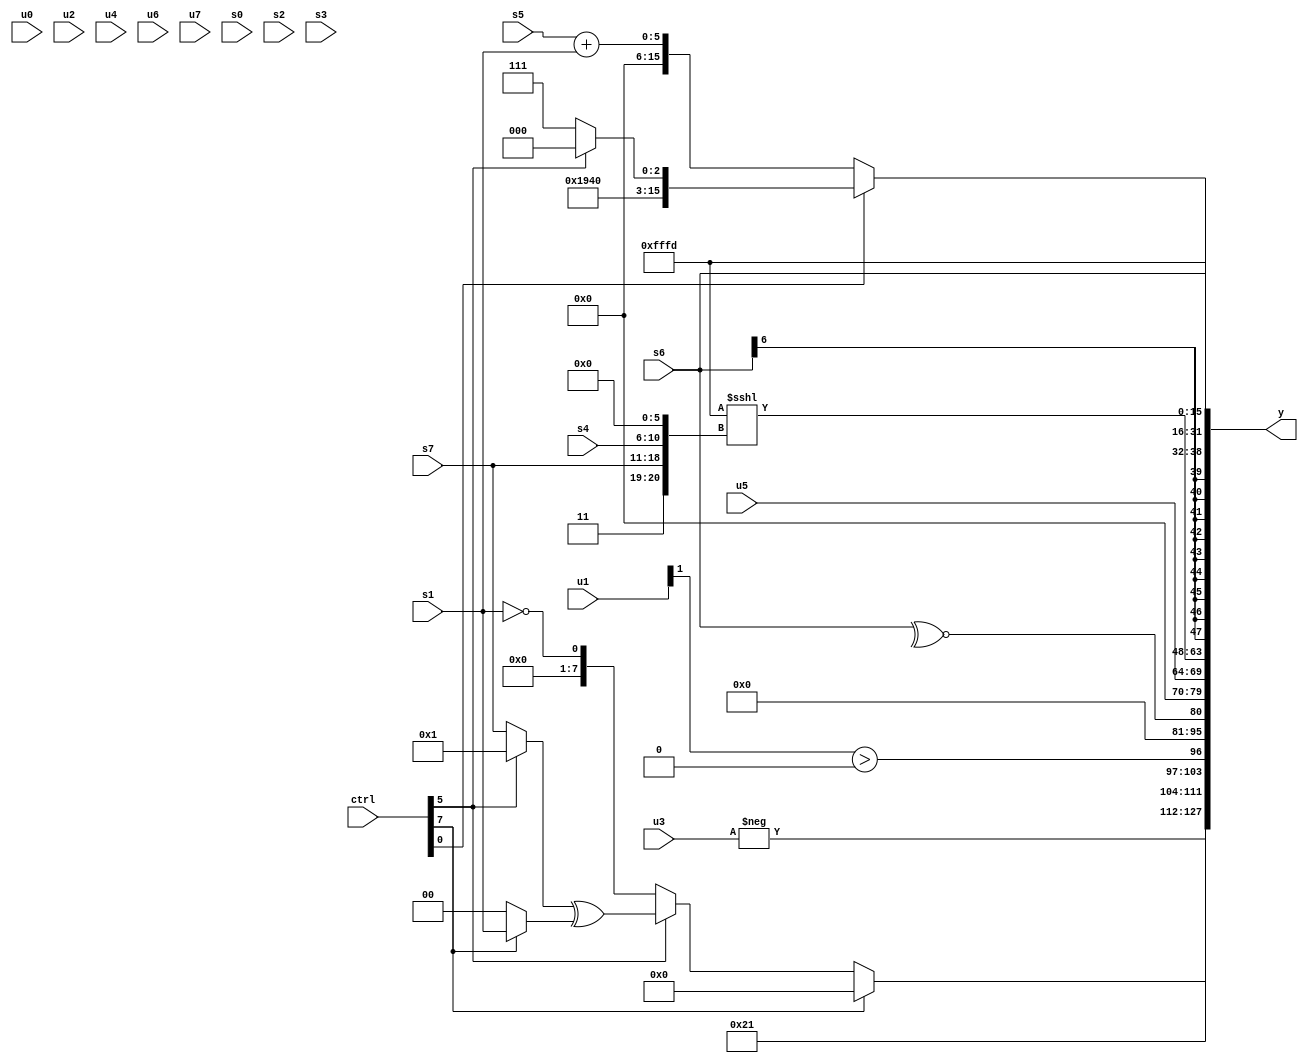
module wideexpr_00480(ctrl, u0, u1, u2, u3, u4, u5, u6, u7, s0, s1, s2, s3, s4, s5, s6, s7, y);
  input [7:0] ctrl;
  input [0:0] u0;
  input [1:0] u1;
  input [2:0] u2;
  input [3:0] u3;
  input [4:0] u4;
  input [5:0] u5;
  input [6:0] u6;
  input [7:0] u7;
  input signed [0:0] s0;
  input signed [1:0] s1;
  input signed [2:0] s2;
  input signed [3:0] s3;
  input signed [4:0] s4;
  input signed [5:0] s5;
  input signed [6:0] s6;
  input signed [7:0] s7;
  output [127:0] y;
  wire [15:0] y0;
  wire [15:0] y1;
  wire [15:0] y2;
  wire [15:0] y3;
  wire [15:0] y4;
  wire [15:0] y5;
  wire [15:0] y6;
  wire [15:0] y7;
  assign y = {y0,y1,y2,y3,y4,y5,y6,y7};
  assign y0 = -(u3);
  assign y1 = {$signed((ctrl[7]?2'sb00:(ctrl[5]?((ctrl[5]?$signed((5'sb10101)<=(4'sb0101)):s7))^((ctrl[7]?$signed($unsigned(s1)):-((s4)>>>(4'b0111)))):+((s1)==(((ctrl[5]?s0:s3))>>(6'sb110010)))))),$signed($signed($signed(6'sb010000))),$signed(~&({-({5'sb10011}),s5,(ctrl[7]?((ctrl[4]?(s1)<<(s2):s5))|((ctrl[3]?(ctrl[3]?s6:2'sb11):(ctrl[2]?5'sb11010:s2))):5'sb10111)})),(($signed(u1))>>>(4'sb1011))>((6'sb100101)<<(6'sb011010))};
  assign y2 = ~^(s6);
  assign y3 = u5;
  assign y4 = (-(3'b011))<<<({+(3'sb011),s7,s4,((ctrl[1]?((-($unsigned(6'sb100101)))<<<(|(($signed(s3))==((ctrl[3]?6'sb011000:s3)))))<<<(s3):(~($unsigned(+((4'b0001)^(6'b110011)))))>>($signed(^($signed({1{u0}}))))))>>>(4'sb1100)});
  assign y5 = s6;
  assign y6 = ~(5'sb00010);
  assign y7 = {6'sb111110,+(+((ctrl[0]?{($signed(6'sb011011))+(2'sb10),-(5'sb11000),(ctrl[5]?~^(1'sb1):$unsigned(6'sb000111))}:$signed($unsigned((s5)+(s1))))))};
endmodule